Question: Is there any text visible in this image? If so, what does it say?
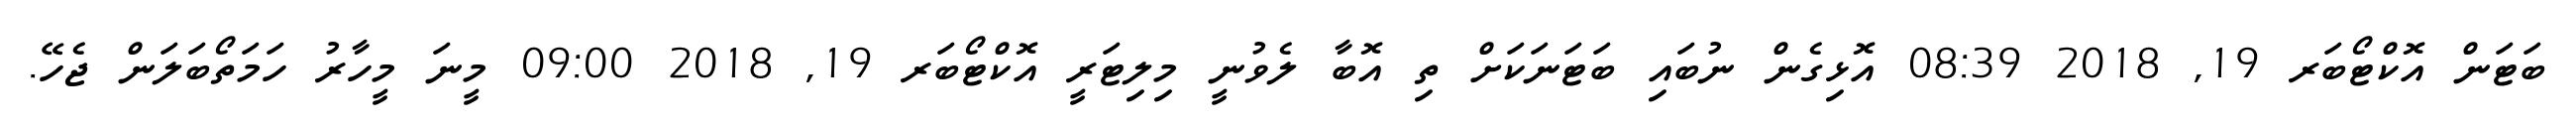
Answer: ބަޓަން އޮކްޓޯބަރ 19, 2018 08:39 އޮޅިގެން ނުބައި ބަޓަނަކަށް ތި އޮބާ ލެވުނީ މިލިޓަރީ އޮކްޓޯބަރ 19, 2018 09:00 މީނަ މީހާރު ހަމަތޯބަލަން ޖެހޭ.